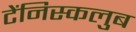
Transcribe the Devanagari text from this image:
टेंनिस्कलुब